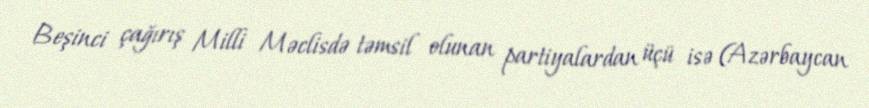
Beşinci çağırış Milli Məclisdə təmsil olunan partiyalardan üçü isə (Azərbaycan